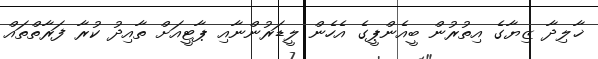
ޚާލިދާ ޒިޔާގެ އިތުރުން ބީއެންޕީގެ އެހެން ލީޑަރުންނާއި ޕާޓީއަށް ތާއިދު ކުރާ ފަރާތްތައް